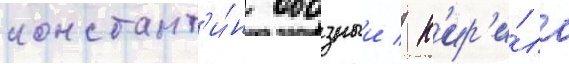
констант'и́н обозныи / к'ир'и́лл